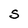
Character: S